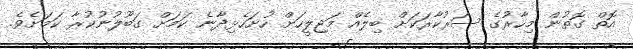
އޮތް ގޮތުން މިހާރުގެ ސަރުކާރަކަށް ބިލެއް މަޖިލީހަށް ހުށަހެޅިދާނެ ކަމަށް ގަބޫލުނުކުރާ ކަމަށެވެ.